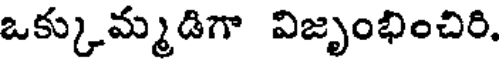
ఒక్కుమ్మడిగా విజృంభించిరి.